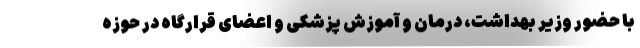
با حضور وزیر بهداشت، درمان و آموزش پزشکی و اعضای قرارگاه در حوزه